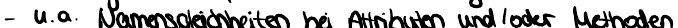
- u.a. Namensgleichheiten bei Attributen und / oder Methoden